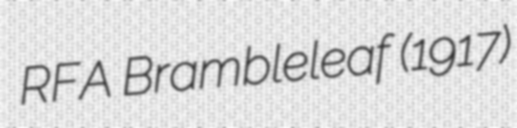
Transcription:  RFA Brambleleaf (1917)